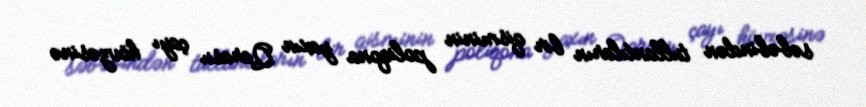
səbəbindən tullantıların bir qisminin poliqona yaxın Qarasu çayı hövzəsinə